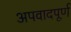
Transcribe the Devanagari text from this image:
अपवादपूर्ण